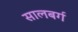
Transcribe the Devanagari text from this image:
सालबर्ग